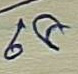
68